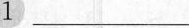
1 ___